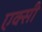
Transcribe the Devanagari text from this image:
एक्सी